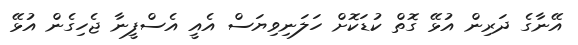
އޭނާގެ ދަރިން އުޅޭ ގޮތް ކުޑަކޮށް ހަލަނިވިޔަސް އެއީ އެސްފީނާ ޖެހިގެން އުޅޭ